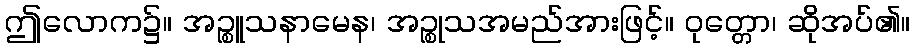
ဤလောက၌။ အဉ္စူသနာမေန၊ အဉ္စုသအမည်အားဖြင့်။ ဝုတ္တော၊ ဆိုအပ်၏။